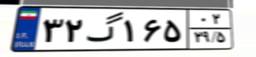
۳۲گ۱۶۵۰۲